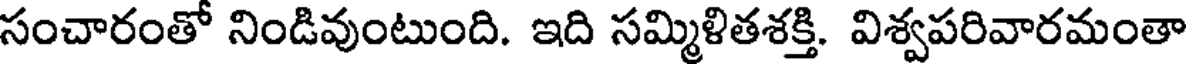
సంచారంతో నిండివుంటుంది. ఇది సమ్మిళితశక్తి. విశ్వపరివారమంతా